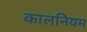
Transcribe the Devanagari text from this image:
कालनियम